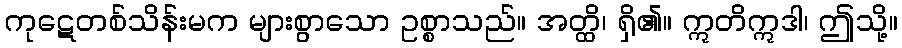
ကုဋေတစ်သိန်းမက များစွာသော ဥစ္စာသည်။ အတ္ထိ၊ ရှိ၏။ ဣတိဣဒါ၊ ဤသို့။